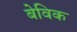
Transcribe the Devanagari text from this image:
बेविक